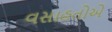
વસાહતોએ